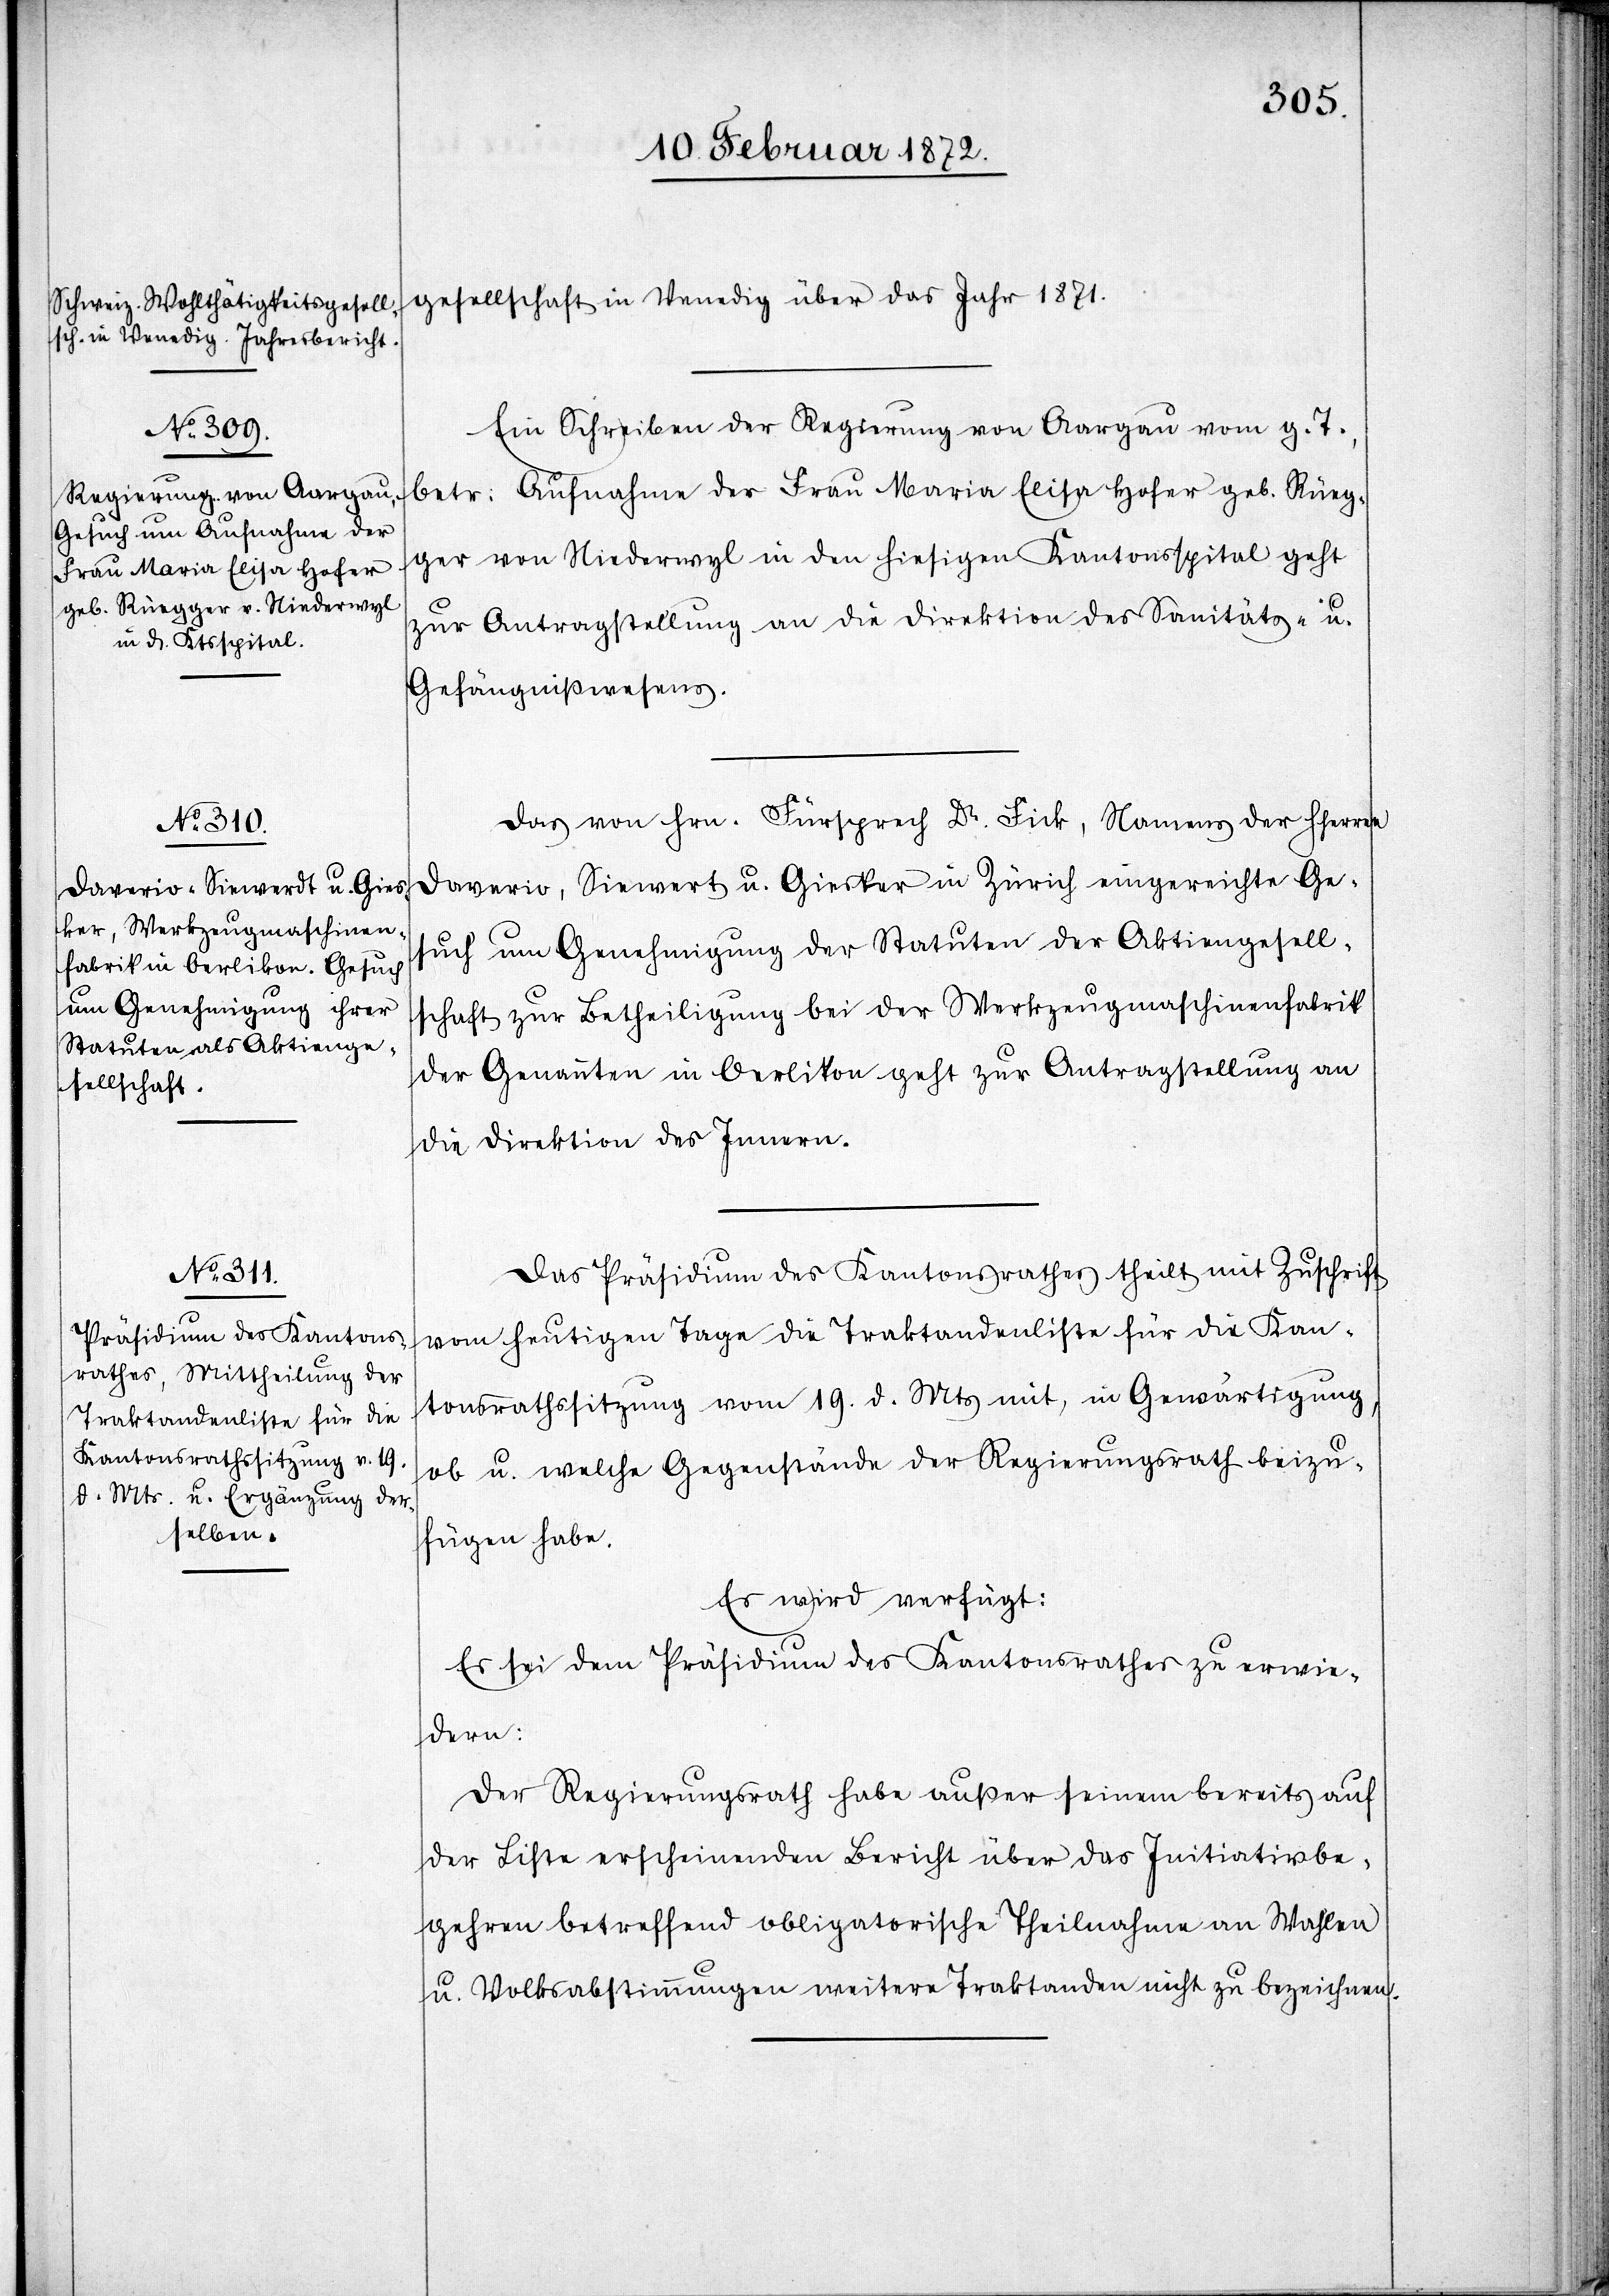
gesellschaft in Venedig über das Jahr 1871.
Ein Schreiben der Regierung von Aargau vom g. T.,
betr. Aufnahme der Frau Maria Elisa Hofer geb. Rüeg¬
ger von Niederwyl in den hiesigen Kantonsspital geht
zur Antragstellung an die Direktion des Sanitäts- u.
Gefängnißwesens.
Das von Hrn. Fürsprech Dr. Fick, Namens der HHerren
Daverio, Siewert u. Giesker in Zürich eingereichte Ge¬
such um Genehmigung der Statuten der Aktiengesell¬
schaft zur Betheiligung bei der Werkzeugmaschinenfabrik
der Genannten in Oerlikon geht zur Antragstellung an
die Direktion des Innern.
Das Präsidium des Kantonsrathes theilt mit Zuschrift
vom heutigen Tage die Traktandenliste für die Kan¬
tonsrathssitzung vom 19. d. Mts mit, in Gewärtigung,
ob u. welche Gegenstände der Regierungsrath beizu¬
fügen habe.
Es wird verfügt:
Es sei dem Präsidium des Kantonsrathes zu erwie¬
dern:
Der Regierungsrath habe außer seinem bereits auf
der Liste erscheinenden Bericht über das Initiativbe¬
gehren betreffend obligatorische Theilnahme an Wahlen
u. Volksabstimmungen weitere Traktanden nicht zu bezeichnen.